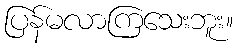
ပြန်မလာကြသေးဘူး။